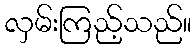
လှမ်းကြည့်သည်။